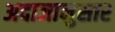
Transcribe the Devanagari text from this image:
अदाजानुसार